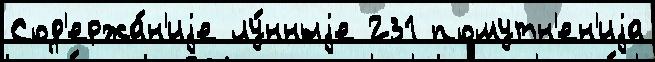
Сод'ержа́н'иjе лу́нныjе 231 помутн'ен'иjа